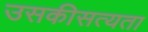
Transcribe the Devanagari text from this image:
उसकीसत्यता